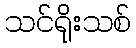
သင်ရိုးသစ်